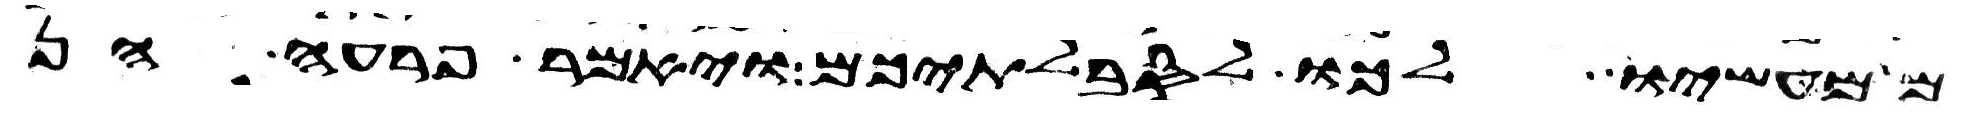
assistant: ממעשיו לכו לסבלתיכם ויאמר פרעה הן